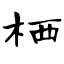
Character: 栖